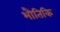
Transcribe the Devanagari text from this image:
भौतिकि